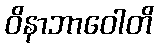
ဝိနာဘာဝေါတိ